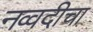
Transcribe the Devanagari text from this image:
नव्वदीचा